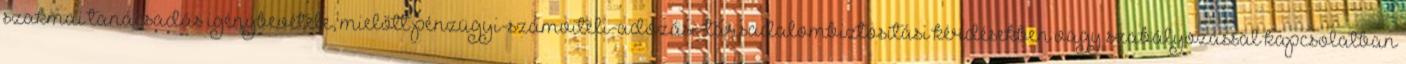
szakmai tanácsadás igénybevétele, mielőtt pénzügyi-számviteli-adózási-társadalombiztosítási kérdésekben vagy szabályozással kapcsolatban